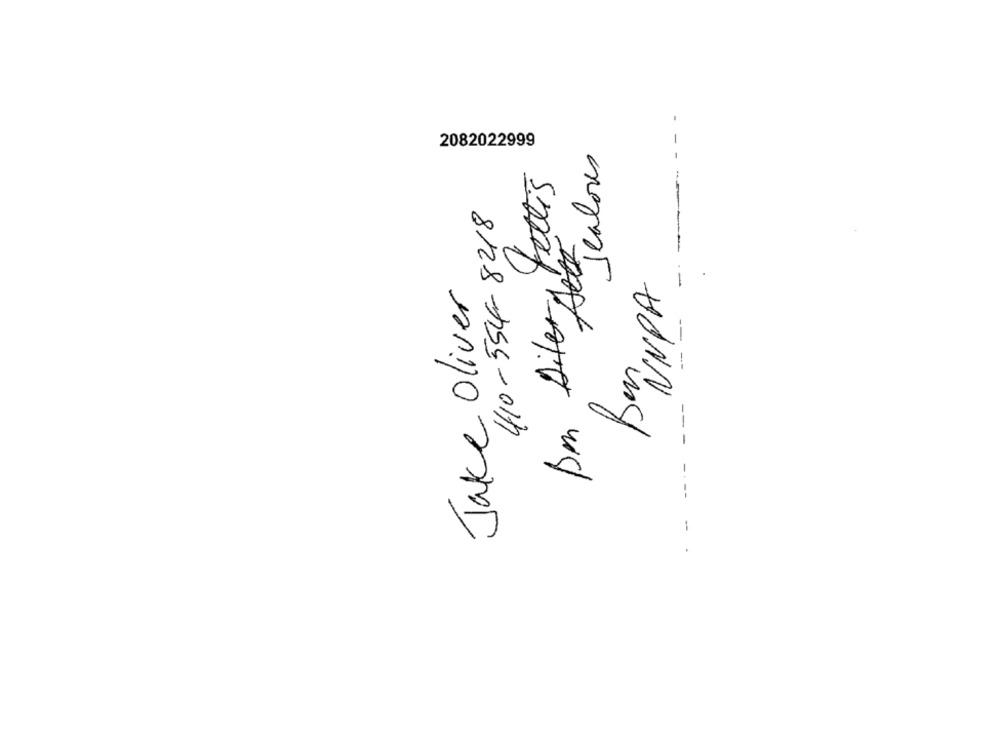
2082022999
Jealous
Am Diler, Fettis
410-554-8218
- --
NNPA
Jake Oliver
Ben
-